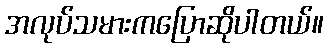
အလုပ်သမားကပြောဆိုပါတယ်။